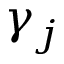
\gamma _ { j }